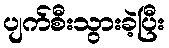
ပျက်စီးသွားခဲ့ပြီး